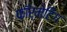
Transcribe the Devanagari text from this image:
फ़ॉर्मेटिंग